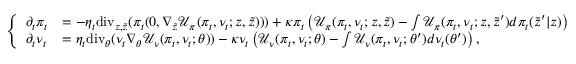
\left\{ \begin{array} { l l } { \partial _ { t } \pi _ { t } } & { = - \eta _ { t \normalcolor } \mathrm { d i v } _ { z , \tilde { z } } ( \pi _ { t } ( 0 , \nabla _ { \tilde { z } } \mathcal { U } _ { \pi } ( \pi _ { t } , \nu _ { t } ; z , \tilde { z } ) ) ) + \kappa \pi _ { t } \left( \mathcal { U } _ { \pi } ( \pi _ { t } , \nu _ { t } ; z , \tilde { z } ) - \int \mathcal { U } _ { \pi } ( \pi _ { t } , \nu _ { t } ; z , \tilde { z } ^ { \prime } ) d \pi _ { t } ( \tilde { z } ^ { \prime } | z ) \right) } \\ { \partial _ { t } \nu _ { t } } & { = \eta _ { t } \mathrm { d i v } _ { \theta } ( \nu _ { t } \nabla _ { \theta } \mathcal { U } _ { \nu } ( \pi _ { t } , \nu _ { t } ; \theta ) ) - \kappa \nu _ { t } \left( \mathcal { U } _ { \nu } ( \pi _ { t } , \nu _ { t } ; \theta ) - \int \mathcal { U } _ { \nu } ( \pi _ { t } , \nu _ { t } ; \theta ^ { \prime } ) d \nu _ { t } ( \theta ^ { \prime } ) \right) , } \end{array} \right.